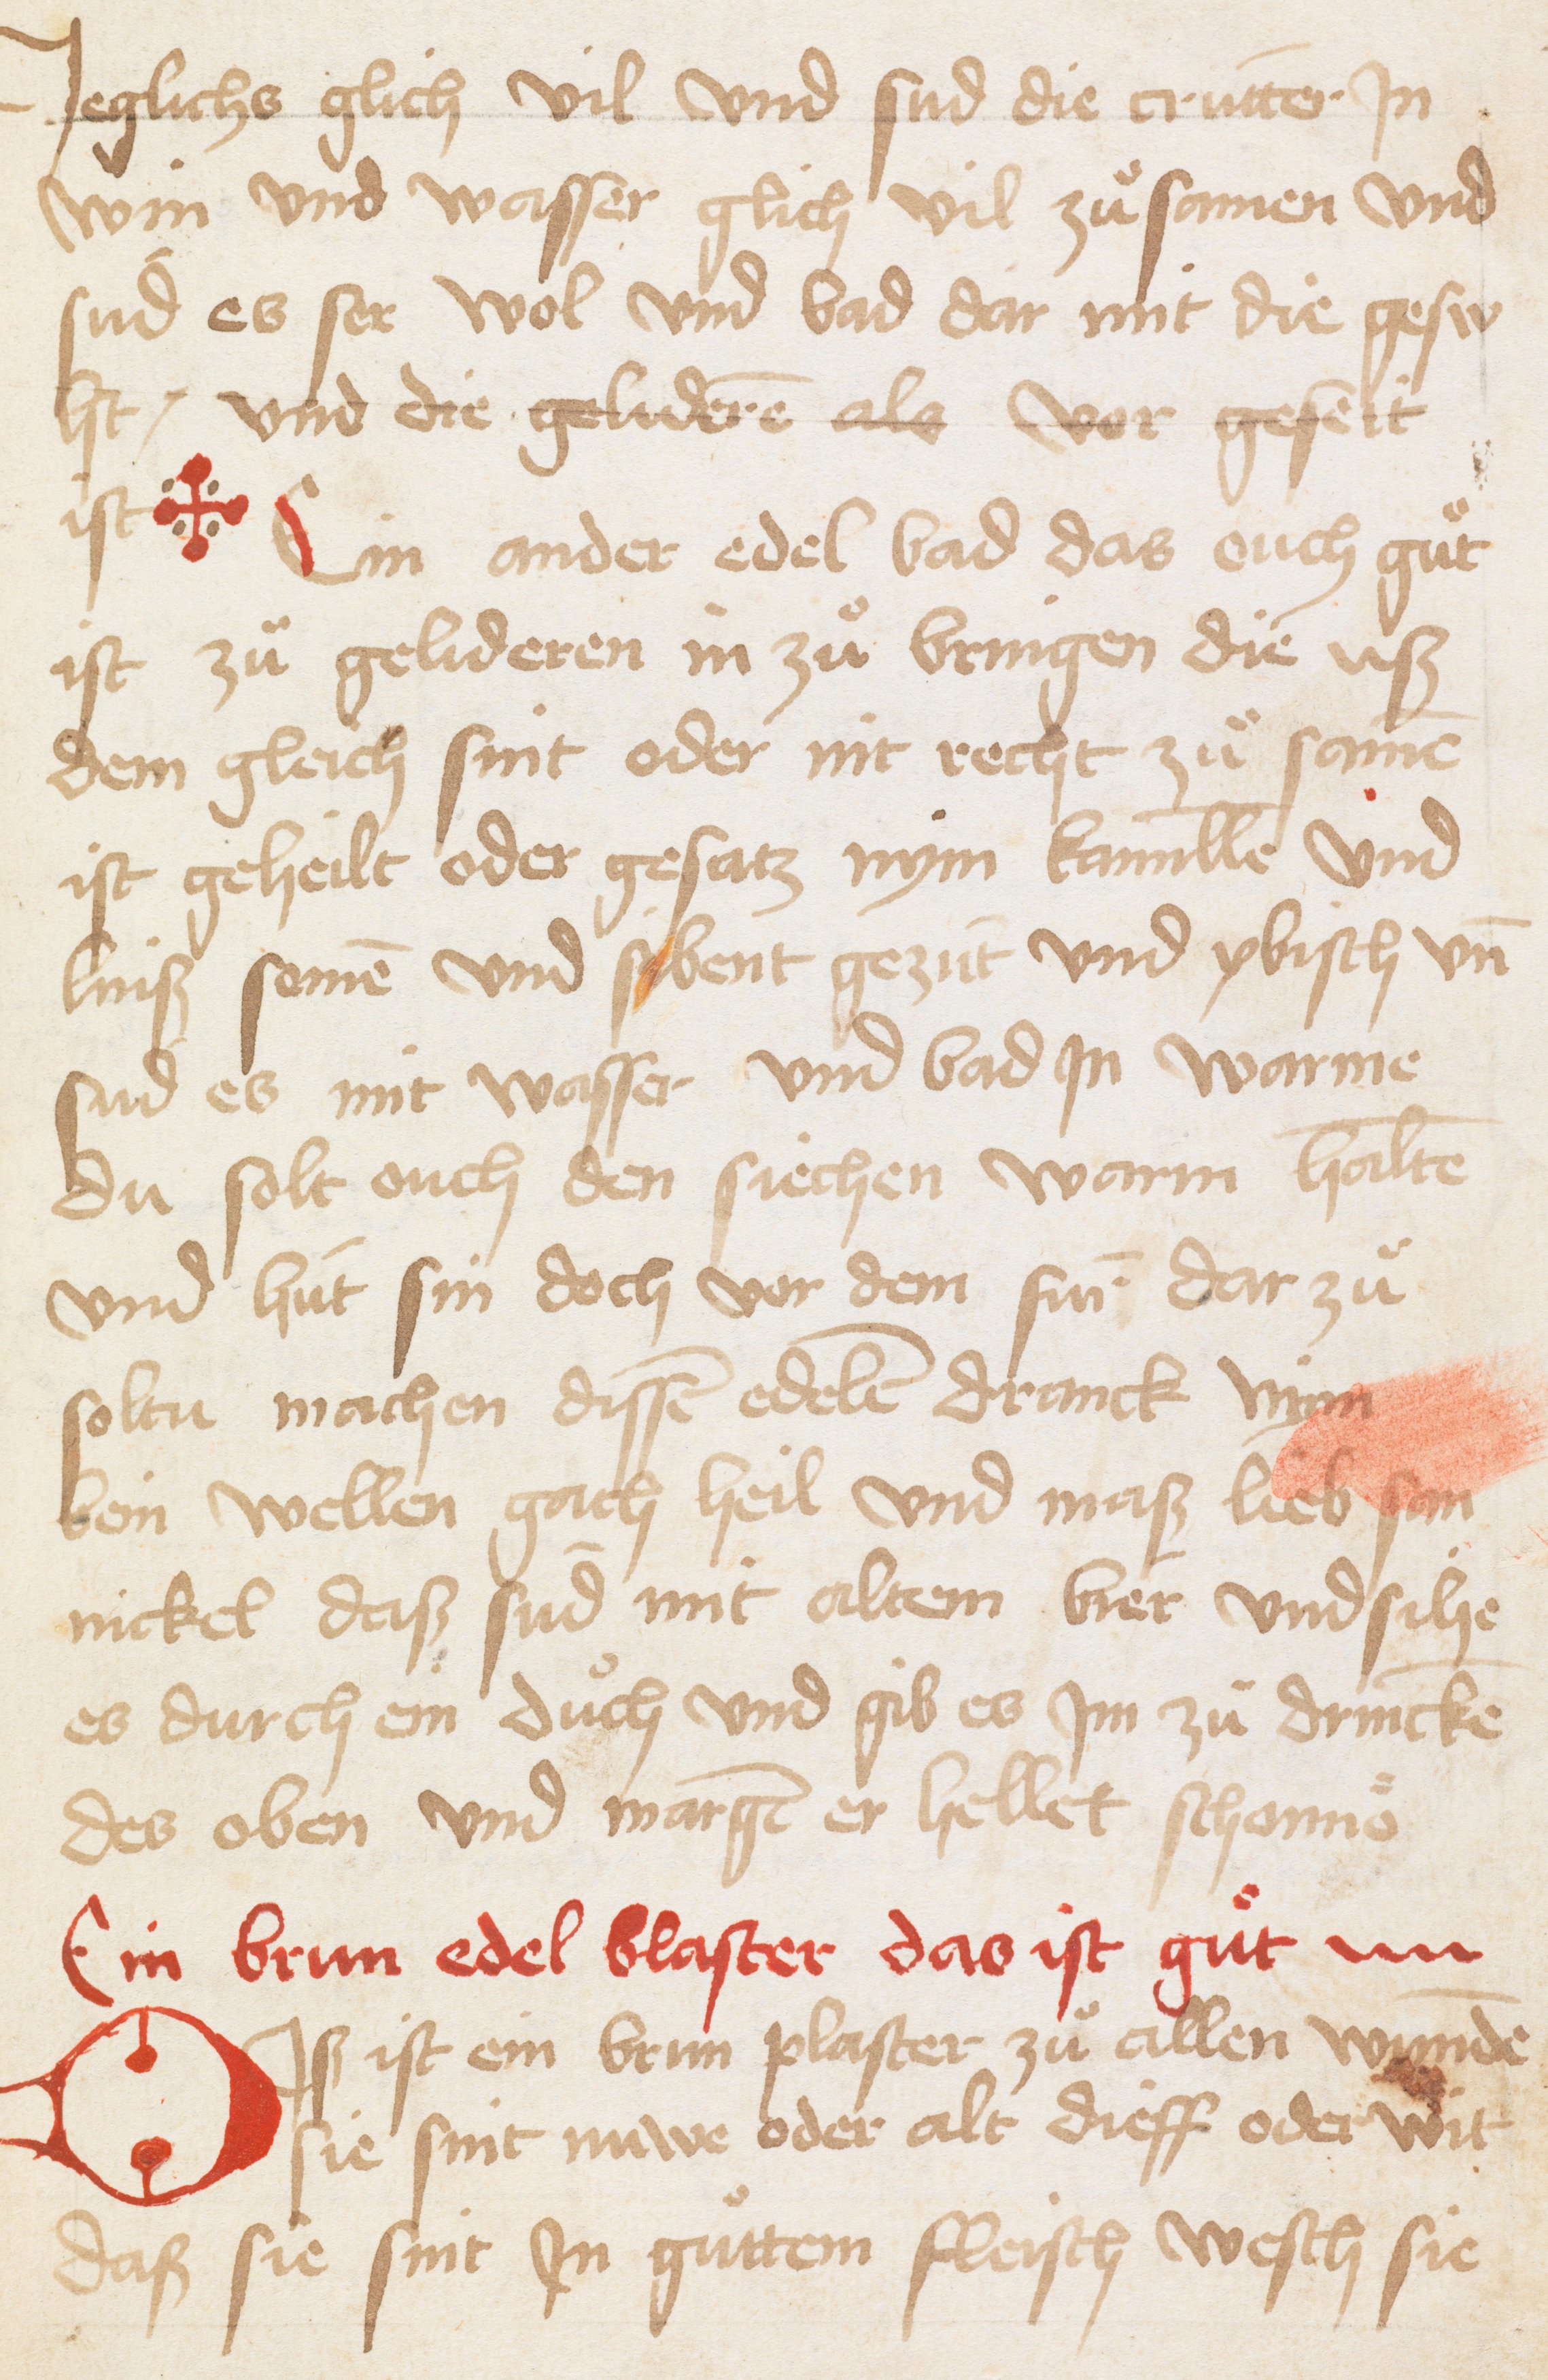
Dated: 1400–1599